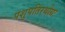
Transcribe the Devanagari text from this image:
पशुपतिरथोग्रः